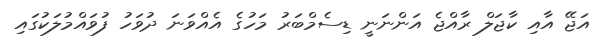
އަޖޭ އާއި ކާޖަލް ރާއްޖެ އަންނަނީ ޑިސެމްބަރު މަހުގެ އެއްވަނަ ދުވަހު ފުވައްމުލަކުގައި